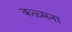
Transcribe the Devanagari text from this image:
कळ्मना